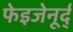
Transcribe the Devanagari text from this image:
फेइजेनूर्द्